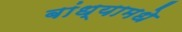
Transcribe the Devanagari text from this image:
बांध्यामधे